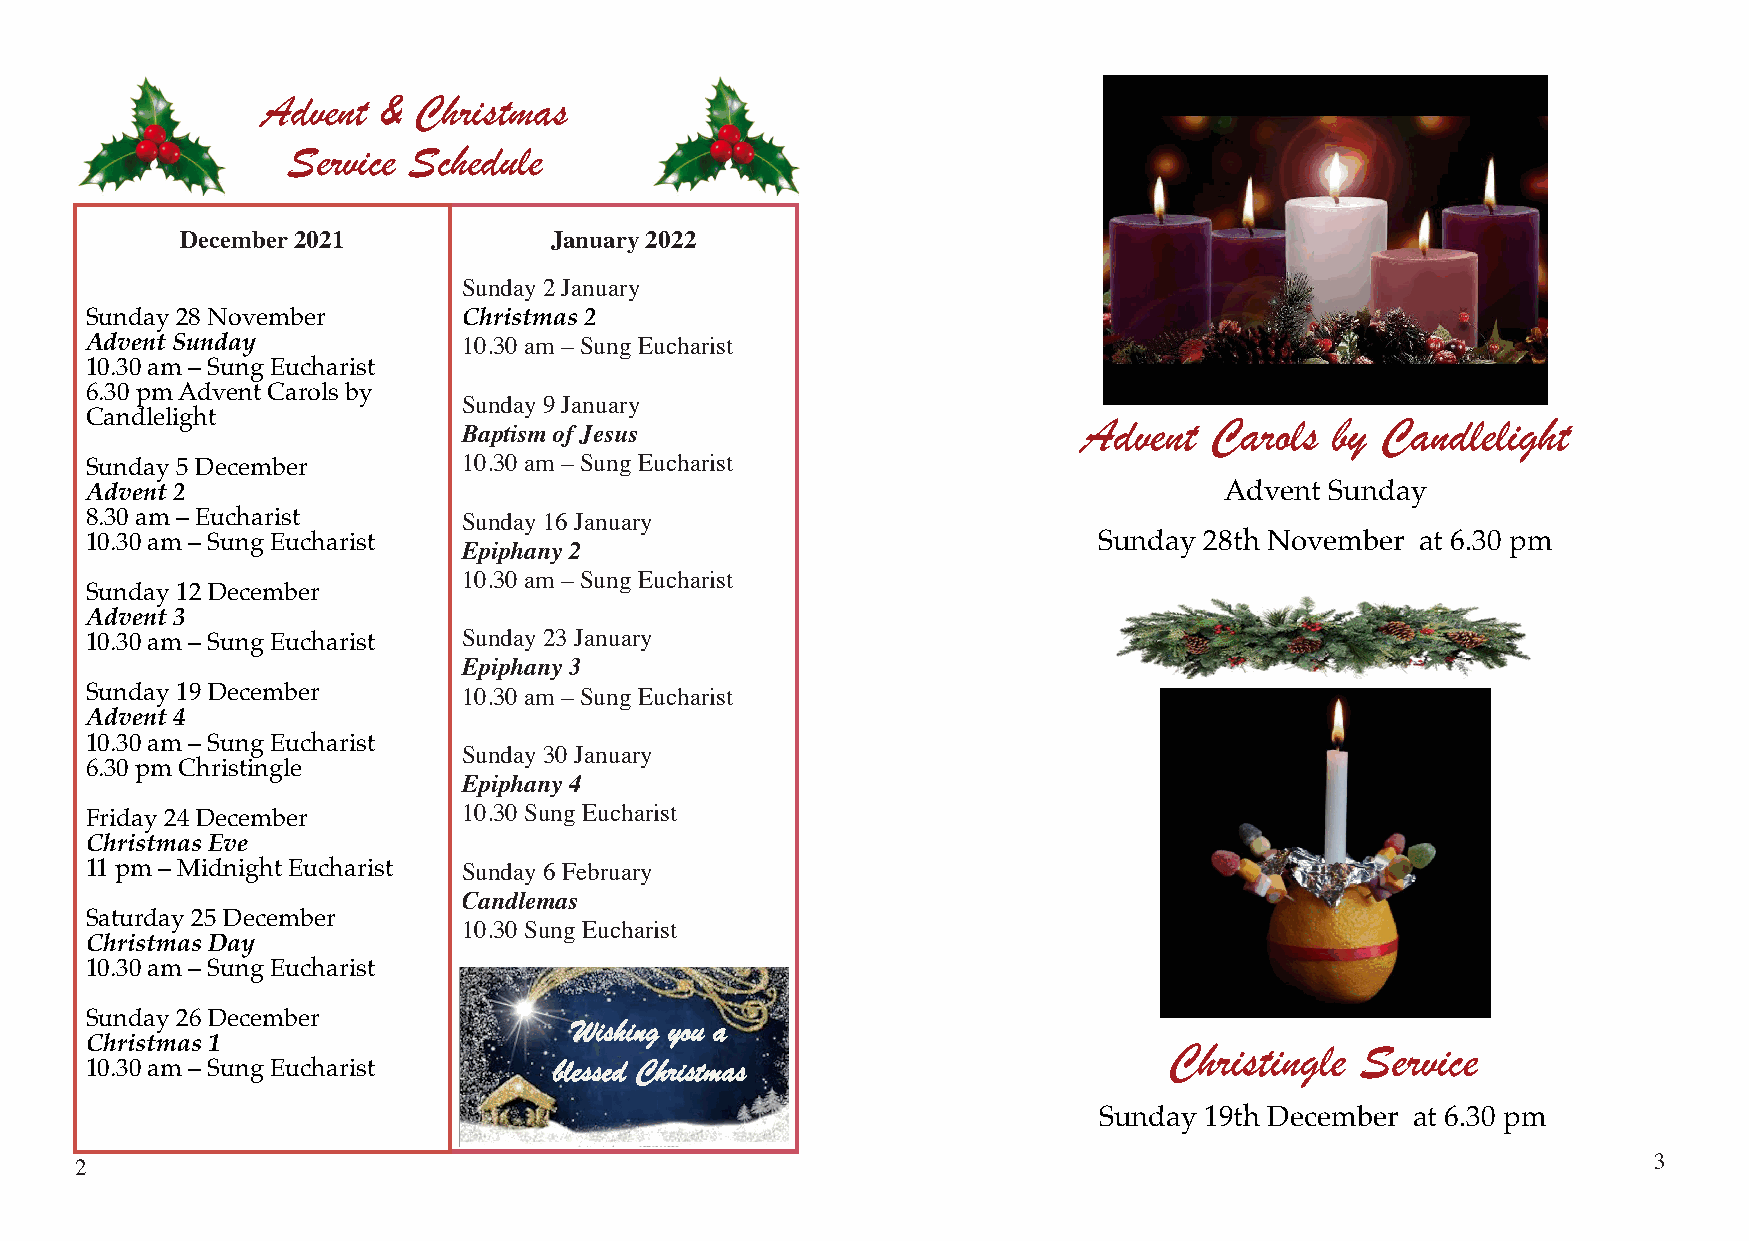
Advent  & Christmas
 Service Schedule
 December2021            January2022
 Sunday2January
 Sunday 28November        Christmas2
 Advent Sunday            10.30am–SungEucharist
 10.30am–Sung Eucharist
 6.30pmAdvent Carolsby
 Sunday9January
 Candlelight                                                       Advent  Carols  by Candlelight
 BaptismofJesus
 Sunday 5December         10.30am–SungEucharist
 Advent 2                                                                   Advent Sunday
 8.30am–Eucharist         Sunday16January
 10.30am–Sung Eucharist                                             Sunday 28th November at 6.30 pm
 Epiphany2
 10.30am–SungEucharist
 Sunday 12December
 Advent 3
 10.30am–Sung Eucharist   Sunday23January
 Epiphany3
 Sunday 19December        10.30am–SungEucharist
 Advent 4
 10.30am–Sung Eucharist
 Sunday30January
 6.30pmChristingle
 Epiphany4
 Friday 24December        10.30SungEucharist
 ChristmasEve
 11pm–Midnight Eucharist  Sunday6February
 Candlemas
 Saturday 25December
 10.30SungEucharist
 ChristmasDay
 10.30am–Sung Eucharist
 Sunday 26December
 Wishing you a
 Christmas1                                                             Christingle  Service
 10.30am–Sung Eucharist         blessed Christmas
 Sunday 19th December at 6.30 pm
 2                                                                                                       3